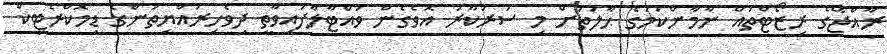
ރާއްޖޭގެ ރިޒޯޓްތައް ނާމާންކަމުގެ ޙާލަތަށް މި ސަރުކާރު އޮވެގެން ވައްޓާލާފައިވާތީ ދިވެހިރައްޔިތުންގެ ޑިމޮކްރެޓިކް